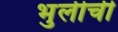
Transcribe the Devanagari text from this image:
भुलीची